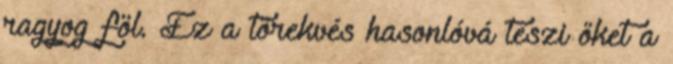
ragyog föl. Ez a törekvés hasonlóvá teszi őket a